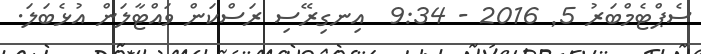
ސެޕްޓެމްބަރު 5